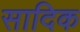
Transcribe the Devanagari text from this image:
सादिक